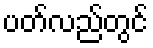
ပတ်လည်တွင်